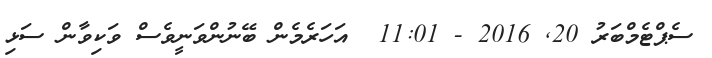
ސެޕްޓެމްބަރު 20